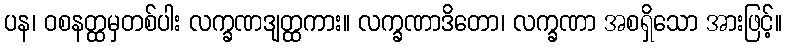
ပန၊ ဝစနတ္ထမှတစ်ပါး လက္ခဏဒျတ္ထကား။ လက္ခဏာဒိတော၊ လက္ခဏာ အစရှိသော အားဖြင့်။